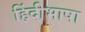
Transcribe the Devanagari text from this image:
हिंदीभाषा